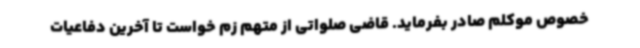
خصوص موکلم صادر بفرماید. قاضی صلواتی از متهم زم خواست تا آخرین دفاعیات